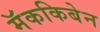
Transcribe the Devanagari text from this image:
मॅककिबेन